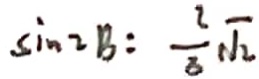
\sin = 2 B : \frac { 2 } { 8 } \sqrt { 2 }